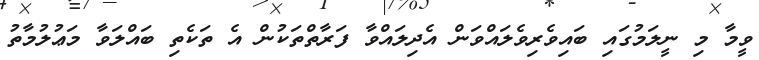
ވީމާ މި ނީލަމުގައި ބައިވެރިވެލައްވަން އެދިލައްވާ ފަރާތްތަކުން އެ ތަކެތި ބައްލަވާ މަޢުލުމާތު